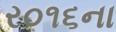
ર૦૧૬ના